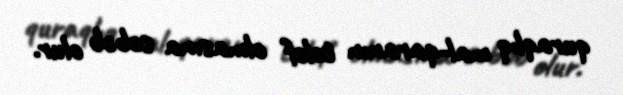
quraqlıq mal-qaranın tələf olmasına səbəb olur.